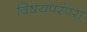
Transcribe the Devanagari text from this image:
विषयपरंपरा